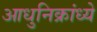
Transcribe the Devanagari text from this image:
आधुनिक्रांध्ये